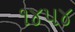
૧૪૫૪